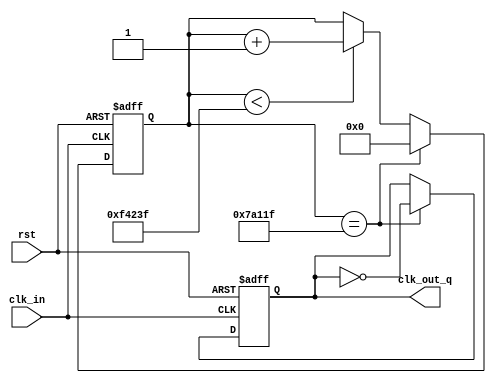
//clk din 100MHz in 100 Hz

module divider_clk_100Hz(clk_in, clk_out_q, rst);
//modific fout din 100 in 10 000 pentru un testbench mai rapid 
parameter fin = 100000000;
parameter fout = 100;

parameter divider = fin / fout;
parameter lenght_counter = $clog2(divider);

input clk_in,rst;
output clk_out_q;

reg clk_d, clk_out_q;
reg [lenght_counter-1:0]counter_d;
reg [lenght_counter-1:0]counter_q;

//Combinational logic

always @(*)
begin
    clk_d = clk_out_q;
    counter_d = counter_q;
	
    if(counter_q == (divider - 1)/2)
    begin
        clk_d = ~clk_d;
        counter_d = {lenght_counter{1'b0}};
    end

    else
    if(counter_q < divider - 1)
    begin
        counter_d = counter_d + 1'd1;
    end
end

//flip-flop
always @ (posedge clk_in or posedge rst )
begin
    if(rst) //daca e 1 
	begin
        clk_out_q <= 1'd0;
        counter_q <= {lenght_counter{1'b0}};
	end	
    else 
	begin
            clk_out_q <= clk_d;
            counter_q <= counter_d;
	end
end

endmodule